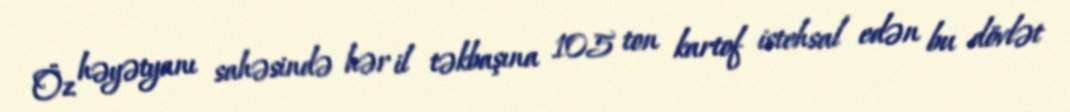
Öz həyətyanı sahəsində hər il təkbaşına 105 ton kartof istehsal edən bu dövlət